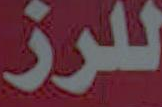
للرز